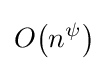
O{\mathord {\left(n^{\psi }\right)}}